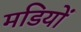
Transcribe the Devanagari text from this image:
मडियों